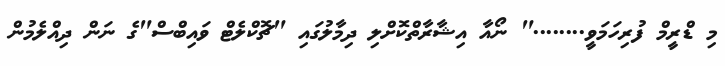
މި ޑްރީމް ފުރިހަމަވީ........" ނޯއާ އިޝާރާތްކޮށްލި ދިމާލުގައި "ޗޮކްލެޓް ވައިބްސް"ގެ ނަން ދިއްލެމުން